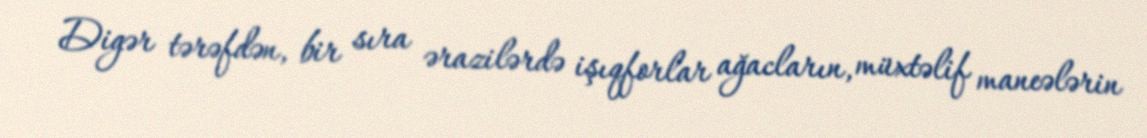
Digər tərəfdən, bir sıra ərazilərdə işıqforlar ağacların, müxtəlif maneələrin